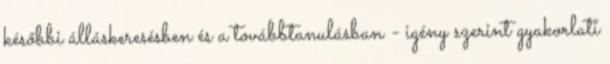
későbbi álláskeresésben és a továbbtanulásban - igény szerint gyakorlati